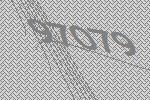
97079